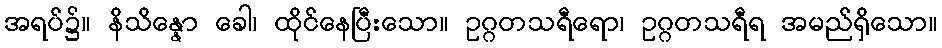
အရပ်၌။ နိသိန္နော ခေါ၊ ထိုင်နေပြီးသော။ ဥဂ္ဂတသရီရော၊ ဥဂ္ဂတသရီရ အမည်ရှိသော။